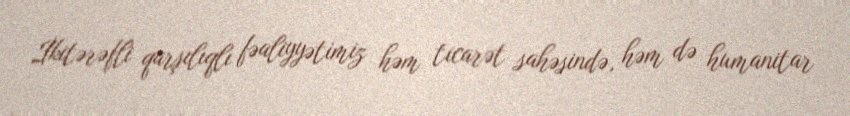
İkitərəfli qarşılıqlı fəaliyyətimiz həm ticarət sahəsində, həm də humanitar